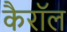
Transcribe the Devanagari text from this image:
कैरॉल